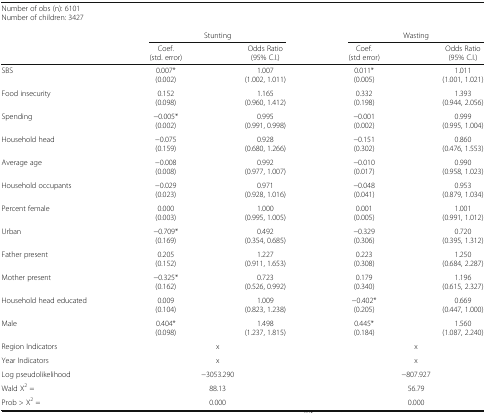
<table><thead><tr><td colspan="5"><b>Number of obs (n): 6101</b></td></tr><tr><td colspan="5"><b>Number of children: 3427</b></td></tr><tr><td></td><td colspan="2"><b>Stunting</b></td><td colspan="2"><b>Wasting</b></td></tr><tr><td></td><td><b>Coef.(std. error)</b></td><td><b>Odds Ratio(95% C.I.)</b></td><td><b>Coef.(std error)</b></td><td><b>Odds Ratio(95% C.I.)</b></td></tr></thead><tbody><tr><td>SBS</td><td>0.007*(0.002)</td><td>1.007(1.002, 1.011)</td><td>0.011*(0.005)</td><td>1.011(1.001, 1.021)</td></tr><tr><td>Food insecurity</td><td>0.152(0.098)</td><td>1.165(0.960, 1.412)</td><td>0.332(0.198)</td><td>1.393(0.944, 2.056)</td></tr><tr><td>Spending</td><td>−0.005*(0.002)</td><td>0.995(0.991, 0.998)</td><td>−0.001(0.002)</td><td>0.999(0.995, 1.004)</td></tr><tr><td>Household head</td><td>−0.075(0.159)</td><td>0.928(0.680, 1.266)</td><td>−0.151(0.302)</td><td>0.860(0.476, 1.553)</td></tr><tr><td>Average age</td><td>−0.008(0.008)</td><td>0.992(0.977, 1.007)</td><td>−0.010(0.017)</td><td>0.990(0.958, 1.023)</td></tr><tr><td>Household occupants</td><td>−0.029(0.023)</td><td>0.971(0.928, 1.016)</td><td>−0.048(0.041)</td><td>0.953(0.879, 1.034)</td></tr><tr><td>Percent female</td><td>0.000(0.003)</td><td>1.000(0.995, 1.005)</td><td>0.001(0.005)</td><td>1.001(0.991, 1.012)</td></tr><tr><td>Urban</td><td>−0.709*(0.169)</td><td>0.492(0.354, 0.685)</td><td>−0.329(0.306)</td><td>0.720(0.395, 1.312)</td></tr><tr><td>Father present</td><td>0.205(0.152)</td><td>1.227(0.911, 1.653)</td><td>0.223(0.308)</td><td>1.250(0.684, 2.287)</td></tr><tr><td>Mother present</td><td>−0.325*(0.162)</td><td>0.723(0.526, 0.992)</td><td>0.179(0.340)</td><td>1.196(0.615, 2.327)</td></tr><tr><td>Household head educated</td><td>0.009(0.104)</td><td>1.009(0.823, 1.238)</td><td>−0.402*(0.205)</td><td>0.669(0.447, 1.000)</td></tr><tr><td>Male</td><td>0.404*(0.098)</td><td>1.498(1.237, 1.815)</td><td>0.445*(0.184)</td><td>1.560(1.087, 2.240)</td></tr><tr><td>Region Indicators</td><td colspan="2">x</td><td colspan="2">x</td></tr><tr><td>Year Indicators</td><td colspan="2">x</td><td colspan="2">x</td></tr><tr><td>Log pseudolikelihood</td><td colspan="2">−3053.290</td><td colspan="2">−807.927</td></tr><tr><td>Wald X<sup>2</sup> =</td><td colspan="2">88.13</td><td colspan="2">56.79</td></tr><tr><td>Prob &gt; X<sup>2</sup> =</td><td colspan="2">0.000</td><td colspan="2">0.000</td></tr></tbody></table>